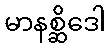
မာနစ္ဆိဒေါ